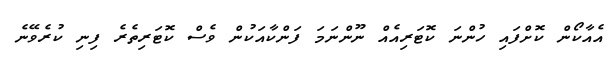
އެއާކޯން ކޮށްފައި ހުންނަ ކޮޓަރިއެއް ނޫންނަމަ ފަންކާއަކުން ވެސް ކޮޓަރިތެރެ ފިނި ކުރެވޭނެ